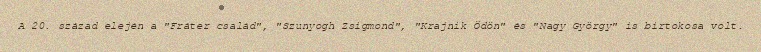
A 20. század elején a "Fráter család", "Szunyogh Zsigmond", "Krajnik Ödön" és "Nagy György" is birtokosa volt.